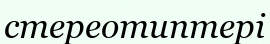
стереотиптері